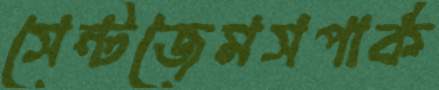
সেন্টজেমসপার্ক